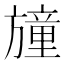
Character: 𣄛